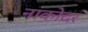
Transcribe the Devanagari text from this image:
नाकोदर